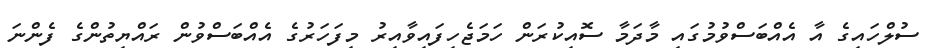
ސުލްހައިގެ އާ އެއްބަސްވުމުގައި މާދަމާ ސޮއިކުރަން ހަމަޖެހިފައިވާއިރު މިފަހަރުގެ އެއްބަސްވުން ރައްޔިތުންގެ ފެންނަ